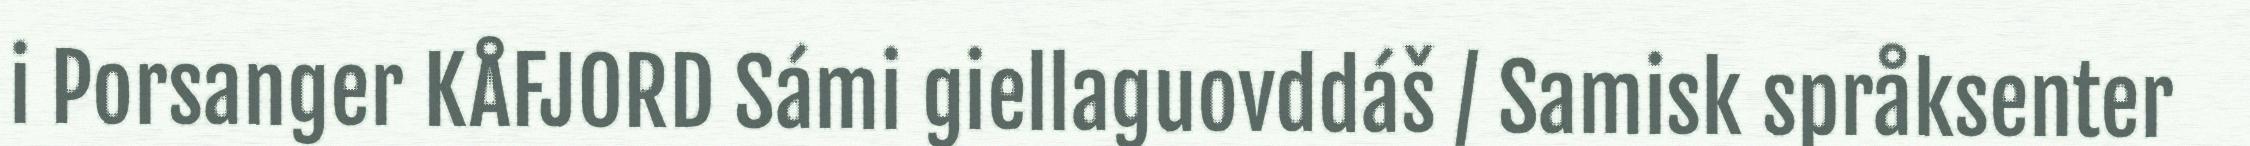
i Porsanger KÅFJORD Sámi giellaguovddáš / Samisk språksenter